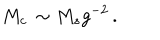
M _ { c } \, \sim M _ { s } g ^ { - 2 } \, .